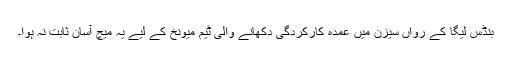
بنڈس لیگا کے رواں سیزن میں عمدہ کارکردگی دکھانے والی ٹیم میونخ کے لیے یہ میچ آسان ثابت نہ ہوا۔